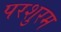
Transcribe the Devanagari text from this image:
परशुरम